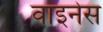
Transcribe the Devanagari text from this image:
वाइनेस